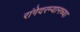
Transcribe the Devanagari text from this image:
रांगेदरम्यानच्या